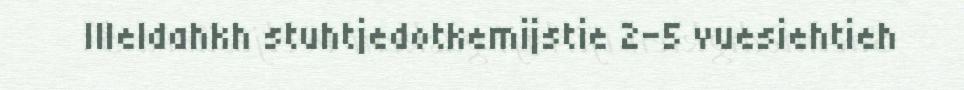
Illeldahkh stuhtjedotkemijstie 2-5 vuesiehtieh